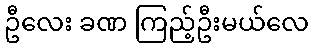
ဦလေး ခဏ ကြည့်ဦးမယ်လေ